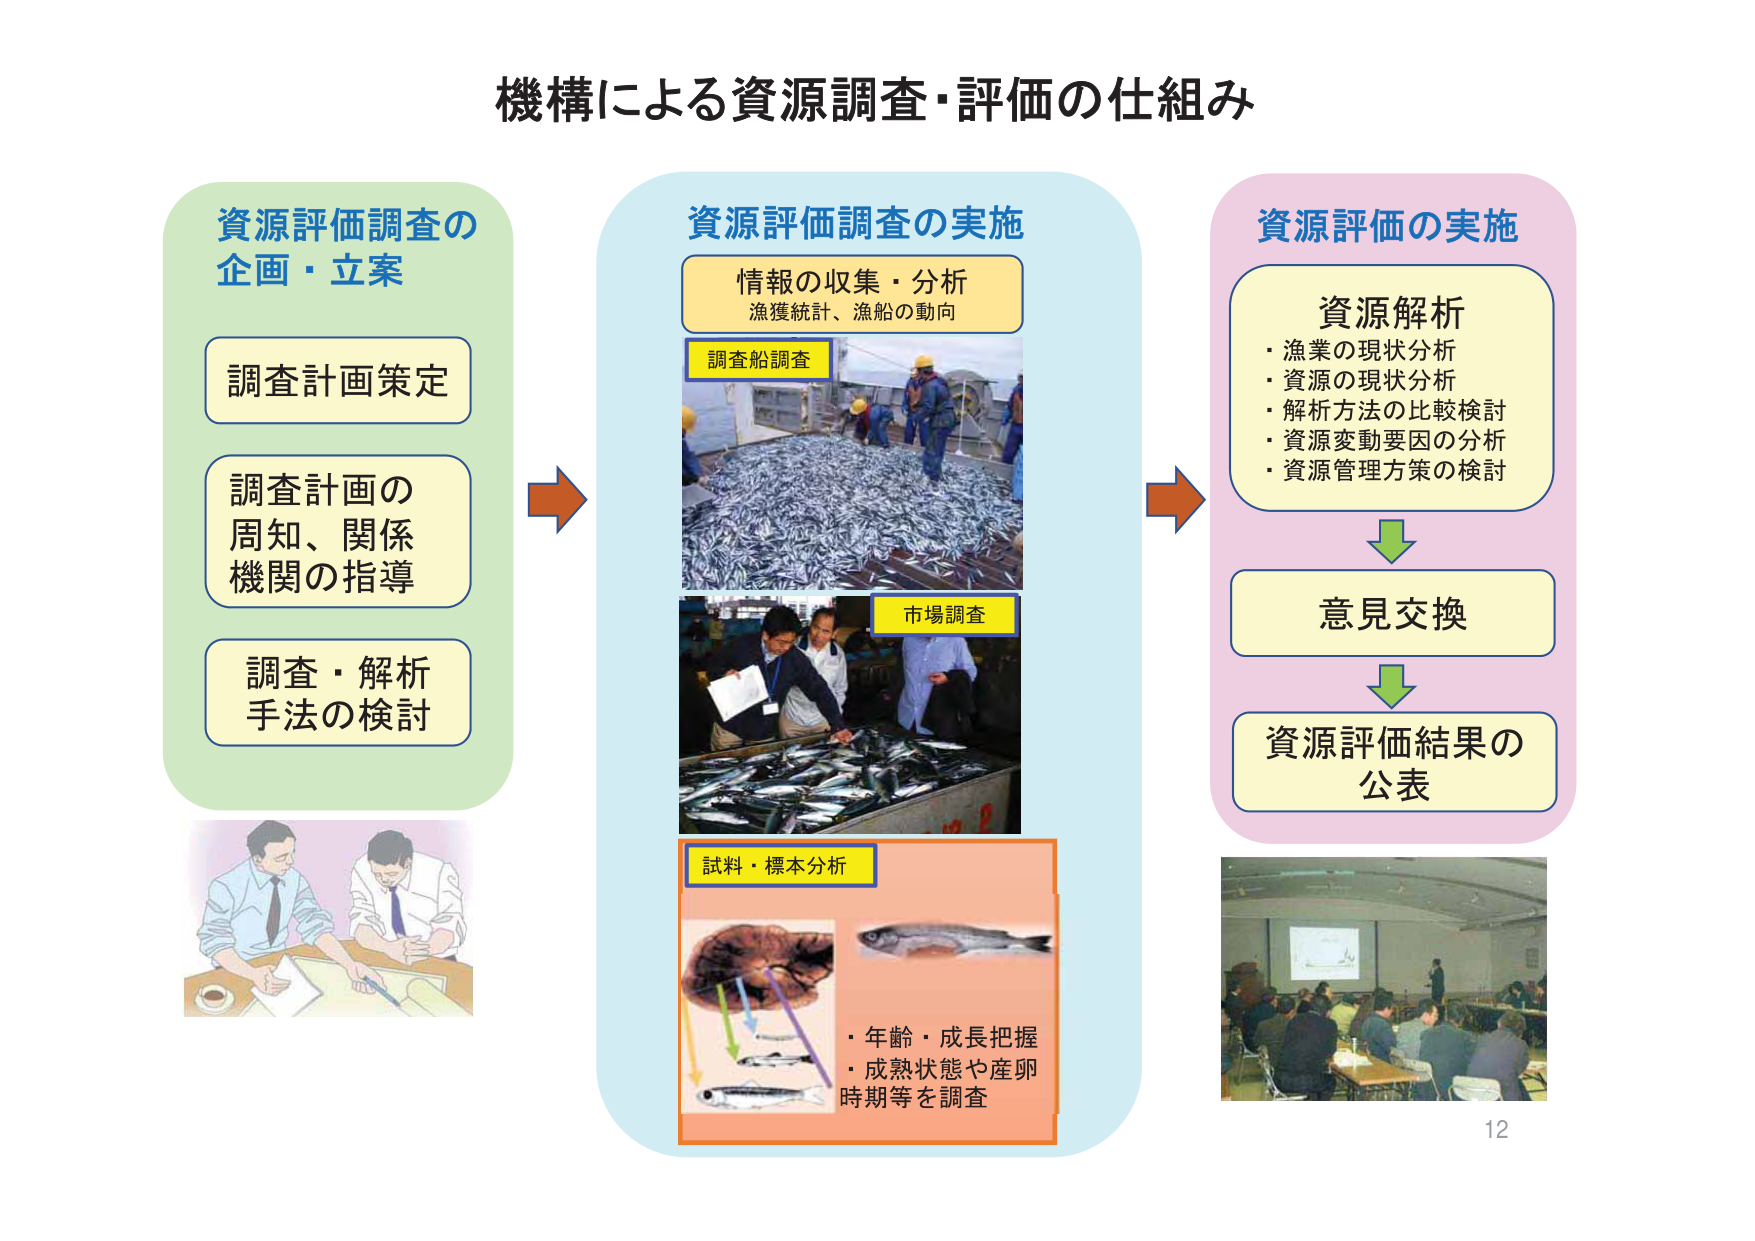
機構による資源調査・評価の仕組み

資源評価調査の
企画・立案

調査計画策定

調査計画の
周知、関係
機関の指導

調査・解析
手法の検討

資源評価調査の実施

情報の収集・分析
漁獲統計、漁船の動向

調査船調査

市場調査

試料・標本分析
・年齢・成長把握
・成熟状態や産卵
時期等を調査

資源評価の実施

資源解析
・漁業の現状分析
・資源の現状分析
・解析方法の比較検討
・資源変動要因の分析
・資源管理方策の検討

意見交換

資源評価結果の
公表

12